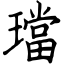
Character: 璫